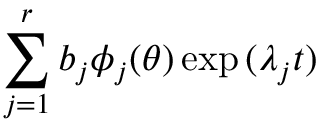
\sum _ { j = 1 } ^ { r } b _ { j } \phi _ { j } ( \theta ) \exp { ( \lambda _ { j } t ) }